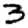
Digit: 3